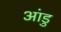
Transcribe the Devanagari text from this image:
आंडु